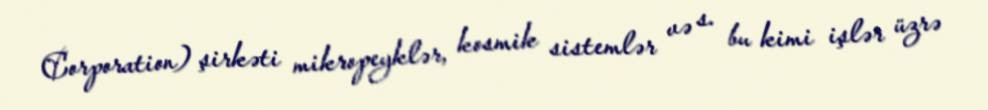
Corporation) şirkəti mikropeyklər, kosmik sistemlər və s. bu kimi işlər üzrə